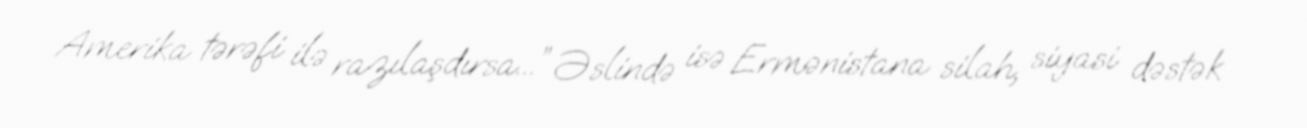
Amerika tərəfi ilə razılaşdırsa...” Əslində isə Ermənistana silah, siyasi dəstək